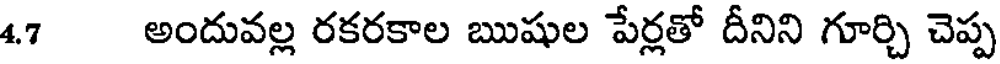
4.7 అందువల్ల రకరకాల ఋషుల పేర్లతో దీనిని గూర్చి చెప్ప